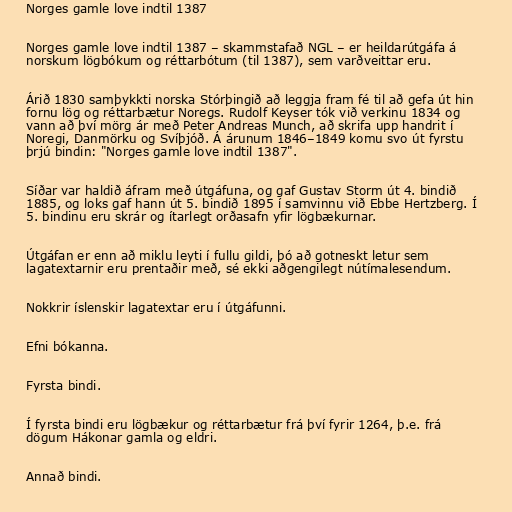
Norges gamle love indtil 1387

Norges gamle love indtil 1387 – skammstafað NGL – er heildarútgáfa á
norskum lögbókum og réttarbótum (til 1387), sem varðveittar eru.

Árið 1830 samþykkti norska Stórþingið að leggja fram fé til að gefa út hin
fornu lög og réttarbætur Noregs. Rudolf Keyser tók við verkinu 1834 og
vann að því mörg ár með Peter Andreas Munch, að skrifa upp handrit í
Noregi, Danmörku og Svíþjóð. Á árunum 1846–1849 komu svo út fyrstu
þrjú bindin: "Norges gamle love indtil 1387".

Síðar var haldið áfram með útgáfuna, og gaf Gustav Storm út 4. bindið
1885, og loks gaf hann út 5. bindið 1895 í samvinnu við Ebbe Hertzberg. Í
5. bindinu eru skrár og ítarlegt orðasafn yfir lögbækurnar.

Útgáfan er enn að miklu leyti í fullu gildi, þó að gotneskt letur sem
lagatextarnir eru prentaðir með, sé ekki aðgengilegt nútímalesendum.

Nokkrir íslenskir lagatextar eru í útgáfunni.

Efni bókanna.

Fyrsta bindi.

Í fyrsta bindi eru lögbækur og réttarbætur frá því fyrir 1264, þ.e. frá
dögum Hákonar gamla og eldri.

Annað bindi.